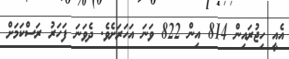
އެއީ ހިޖުރައިން 814 އިން 822 ވަނަ އަހަރަށެވެ. ދެވަނަ ފަހަރު ރަސްކަމަށް